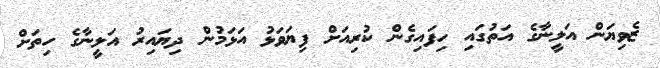
ޒެވިޔަން އަލީނާގެ އަތުގައި ހިފައިގެން ކުރިއަށް ފިޔަވަޅު އަޅަމުން ދިޔައިރު އަލީނާގެ ހިތަށް